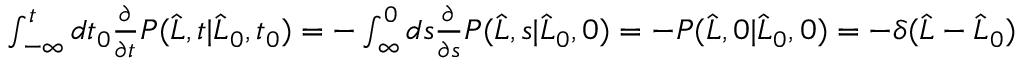
\begin{array} { r } { \int _ { - \infty } ^ { t } d t _ { 0 } \frac { \partial } { \partial t } P ( \widehat { L } , t | \widehat { L } _ { 0 } , t _ { 0 } ) = - \int _ { \infty } ^ { 0 } d s \frac { \partial } { \partial s } P ( \widehat { L } , s | \widehat { L } _ { 0 } , 0 ) = - P ( \widehat { L } , 0 | \widehat { L } _ { 0 } , 0 ) = - \delta ( \widehat { L } - \widehat { L } _ { 0 } ) } \end{array}